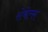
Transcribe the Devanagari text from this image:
रोबेल्‍स